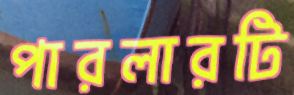
পারলারটি